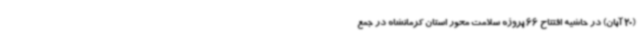
(20 آبان) در حاشیه افتتاح 66 پروژه سلامت محور استان کرمانشاه در جمع